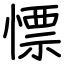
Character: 慓